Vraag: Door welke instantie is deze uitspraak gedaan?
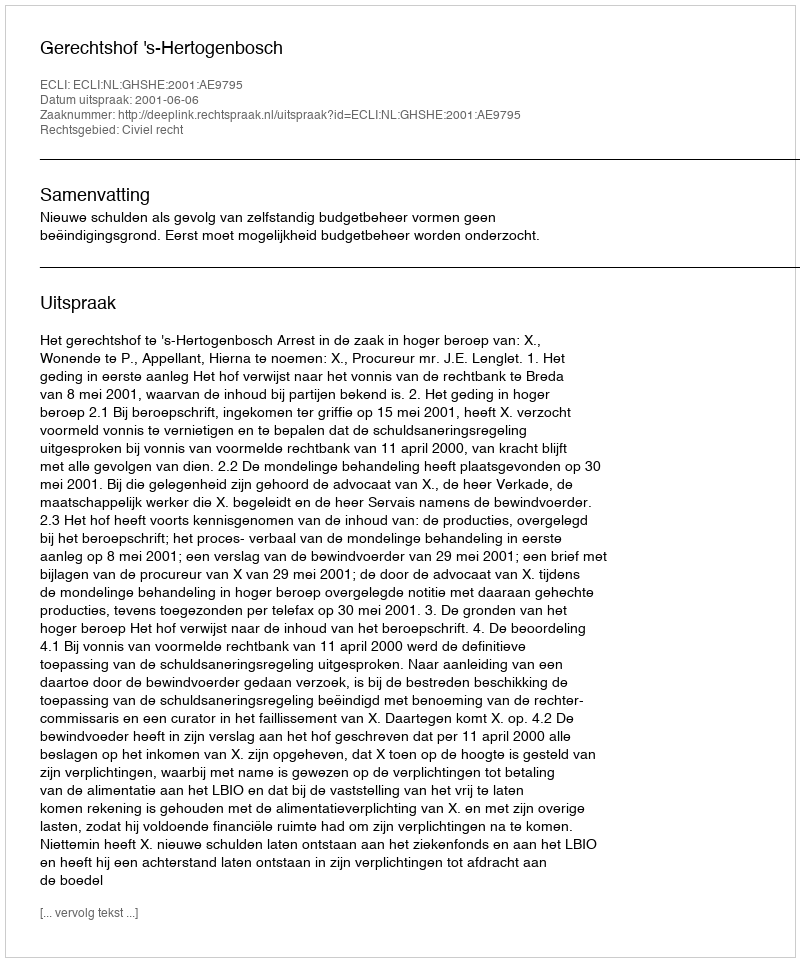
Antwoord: Gerechtshof 's-Hertogenbosch